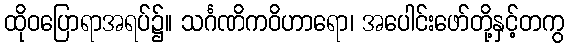
ထိုဝပြောရာအရပ်၌။ သင်္ဂဏိကဝိဟာရော၊ အပေါင်းဖော်တို့နှင့်တကွ